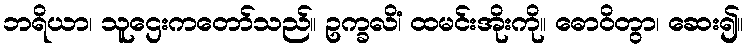
ဘရိယာ၊ သူဌေးကတော်သည်။ ဥက္ခလိံ၊ ထမင်းအိုးကို။ ဓောဝိတွာ၊ ဆေး၍။